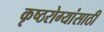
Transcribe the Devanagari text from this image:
कृष्ठरोग्यांसाठी